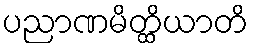
ပညာဏမိတ္ထိယာတိ